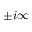
\pm i \infty